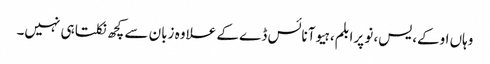
وہاں اوکے، یس، نو پرابلم، ہیو آ نائس ڈے کے علاوہ زبان سے کچھ نکلتا ہی نہیں۔